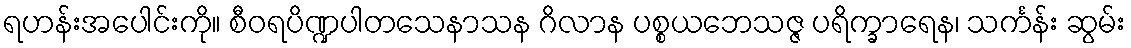
ရဟန်းအပေါင်းကို။ စီဝရပိဏ္ဍပါတသေနာသန ဂိလာန ပစ္စယဘေသဇ္ဇ ပရိက္ခာရေန၊ သင်္ကန်း ဆွမ်း